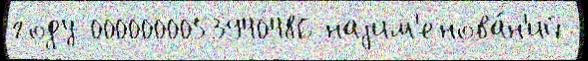
году 0000000053940486 наjим'енова́н'ий